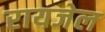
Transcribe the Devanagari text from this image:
रायजेल